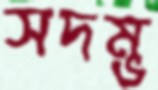
সদম্ভ